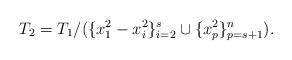
LaTeX: \begin{align*}T_2=T_1/(\{x_1^2-x_i^2\}_{i=2}^{s}\cup \{ x_p^2\}_{p=s+1}^n).\end{align*}